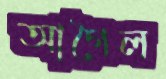
আগৈল